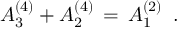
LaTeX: A _ { 3 } ^ { ( 4 ) } + A _ { 2 } ^ { ( 4 ) } \, = \, A _ { 1 } ^ { ( 2 ) } \, \, \, .